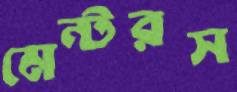
মেন্টরস